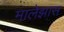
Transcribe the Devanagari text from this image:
मालेझास